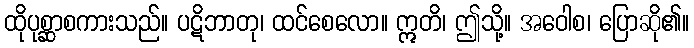
ထိုပုစ္ဆာစကားသည်။ ပဋိဘာတု၊ ထင်စေလော။ ဣတိ၊ ဤသို့။ အဝေါစ၊ ပြောဆို၏။